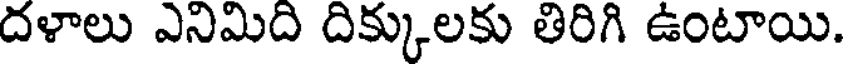
దళాలు ఎనిమిది దిక్కులకు తిరిగి ఉంటాయి.